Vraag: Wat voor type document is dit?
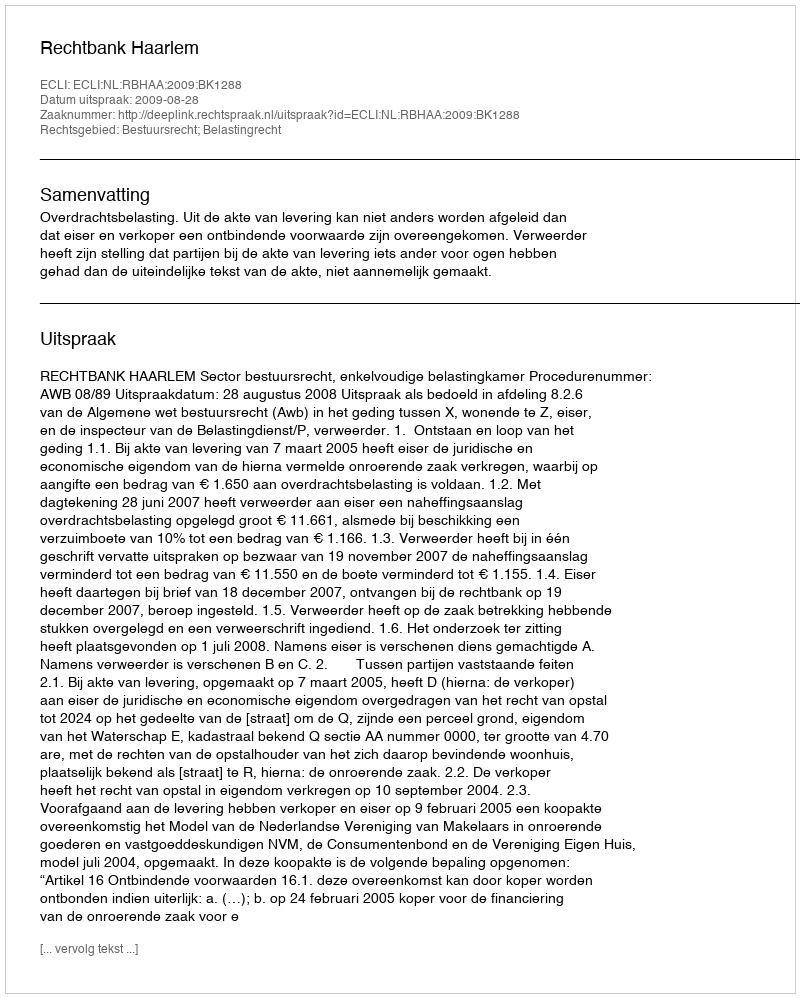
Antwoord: Uitspraak